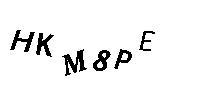
HKM8PE